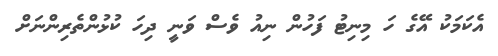
އެކަމަކު އޭގެ ހަ މިނިޓު ފަހުން ނިއު ވެސް ވަނީ ދިހަ ކުޅުންތެރިންނަށް